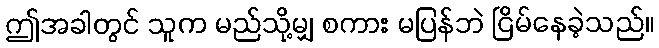
ဤအခါတွင် သူက မည်သို့မျှ စကား မပြန်ဘဲ ငြိမ်နေခဲ့သည်။